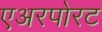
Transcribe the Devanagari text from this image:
एअरपोरट